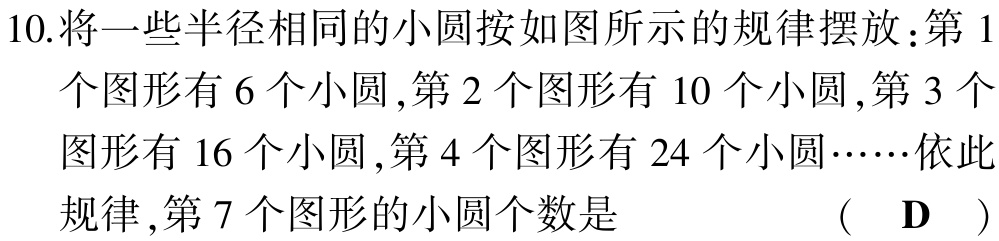
10.将一些半径相同的小圆按如图所示的规律摆放：第1

个图形有6个小圆,第2个图形有10个小圆,第3个

图形有16个小圆,第4个图形有24个小圆……依此

规律,第7个图形的小圆个数是 （ D ）